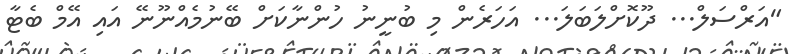
"އަރްސަލް... ދޫކޮށްލަބަލަ... އަހަރެން މި ބުނީނު ހުންނާކަށް ބޭނުމެއްނޫނޭ އައި އޭމް ބެޓާ